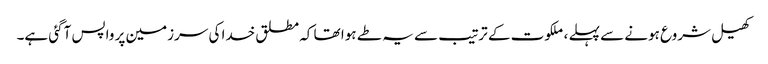
کھیل شروع ہونے سے پہلے ، ملکوت کے ترتیب سے یہ طے ہوا تھا کہ مطلق خدا کی سرزمین پر واپس آگئی ہے۔